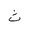
Letter: _tha